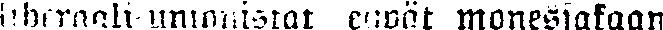
liberaali-unionistat eiwät monessakaan